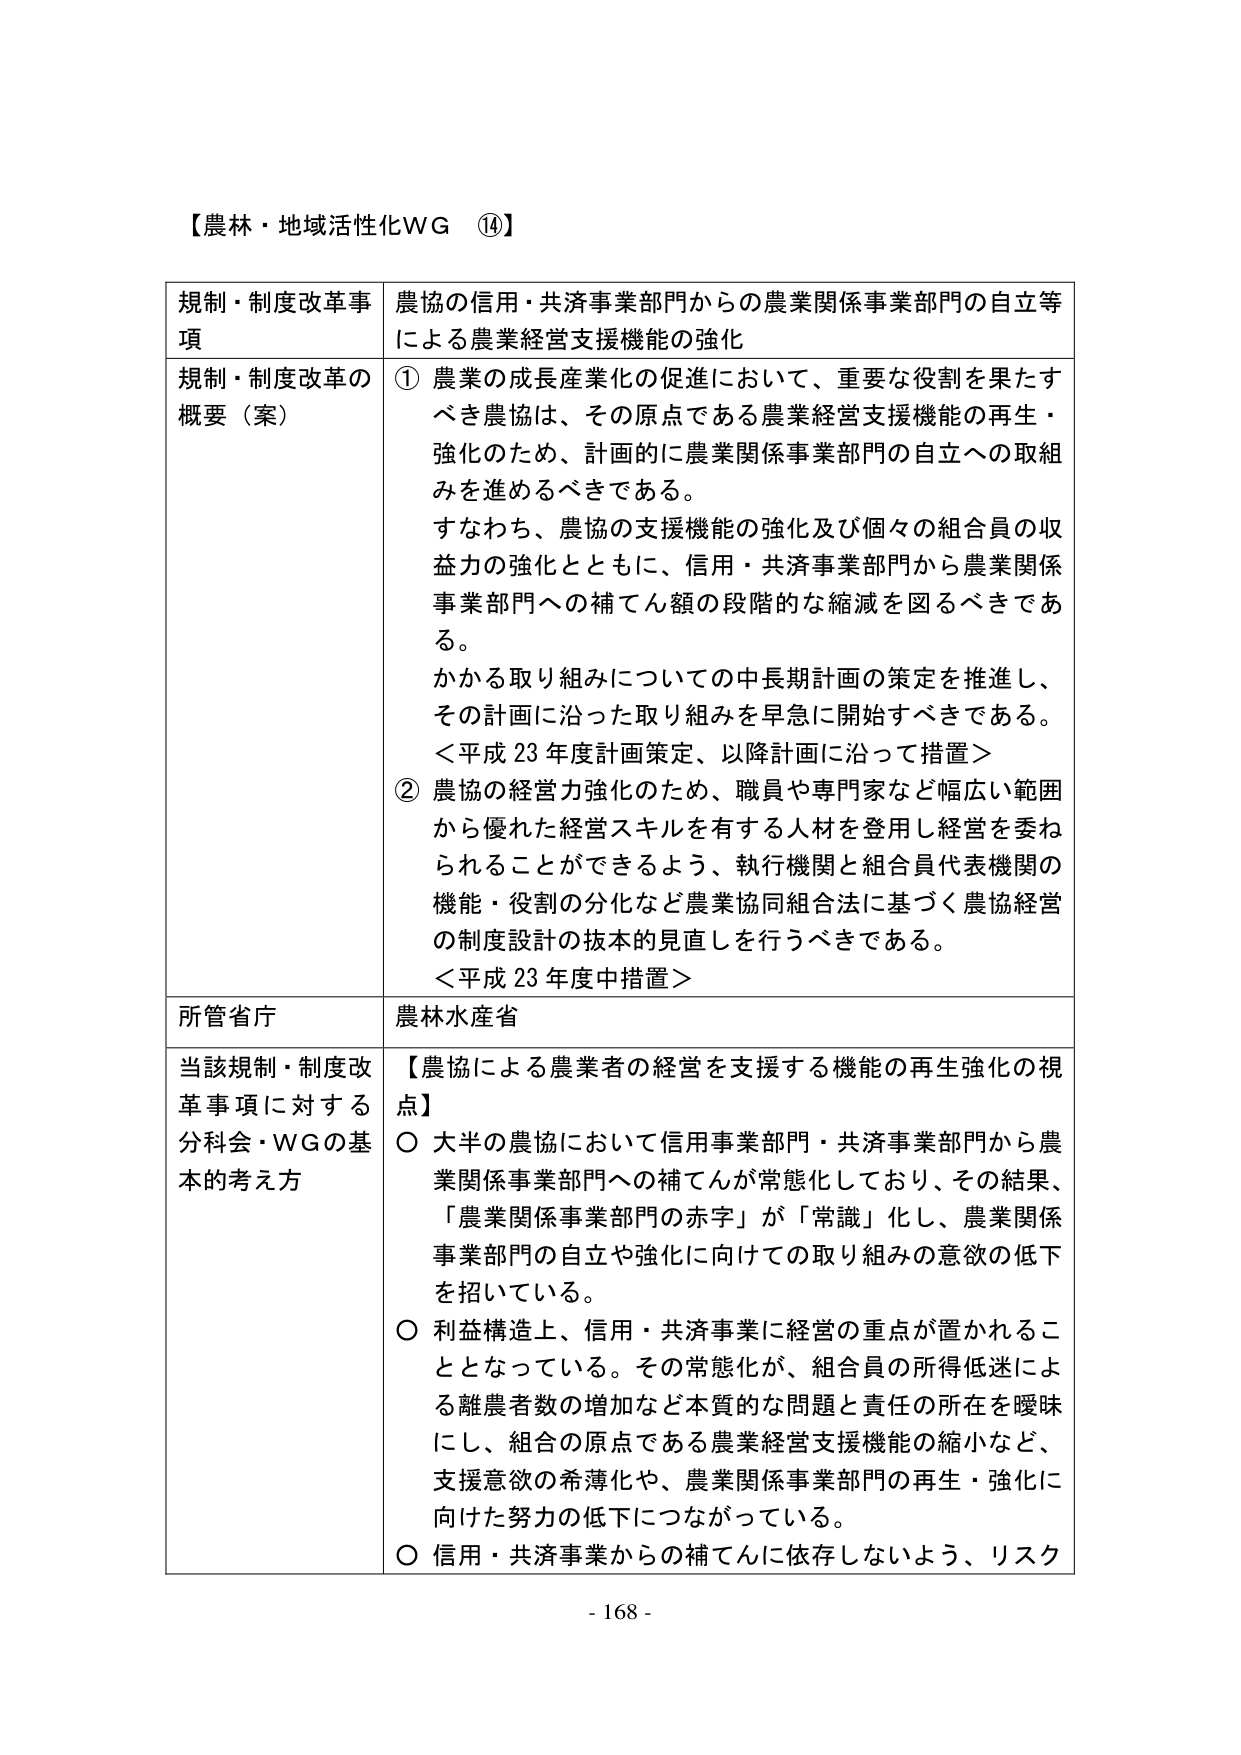
【農林・地域活性化WG ⑭】

規制・制度改革事項　農協の信用・共済事業部門からの農業関係事業部門の自立等による農業経営支援機能の強化

規制・制度改革の概要（案）　① 農業の成長産業化の促進において、重要な役割を果たすべき農協は、その原点である農業経営支援機能の再生・強化のため、計画的に農業関係事業部門の自立への取組みを進めるべきである。

すなわち、農協の支援機能の強化及び個々の組合員の収益力の強化とともに、信用・共済事業部門から農業関係事業部門への補てん額の段階的な縮減を図るべきである。

かかる取り組みについての中長期計画の策定を推進し、その計画に沿った取り組みを早急に開始すべきである。

＜平成23年度計画策定、以降計画に沿って措置＞

② 農協の経営力強化のため、職員や専門家など幅広い範囲から優れた経営スキルを有する人材を登用し経営を委ねられることが出来るよう、執行機関と組合員代表機関の機能・役割の分化など農業協同組合法に基づく農協経営の制度設計の抜本的見直しを行うべきである。

＜平成23年度中措置＞

所管省庁　農林水産省

当該規制・制度改革事項に対する分科会・WGの基本的考え方　【農協による農業者の経営を支援する機能の再生強化の視点】

○ 大半の農協において信用事業部門・共済事業部門から農業関係事業部門への補てんが常態化しており、その結果、「農業関係事業部門の赤字」が「常識」化し、農業関係事業部門の自立や強化に向けての取り組みの意欲の低下を招いている。

○ 利益構造上、信用・共済事業に経営の重点が置かれることとなっている。その常態化が、組合員の所得低迷による離農者数の増加など本質的な問題と責任の所在を曖昧にし、組合の原点である農業経営支援機能の縮小など、支援意欲の希薄化や、農業関係事業部門の再生・強化に向けた努力の低下につながっている。

○ 信用・共済事業からの補てんに依存しないよう、リスク

- 168 -